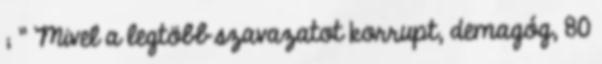
; " Mivel a legtöbb szavazatot korrupt, demagóg, 80